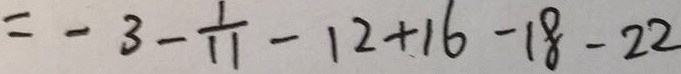
= - 3 - \frac { 1 } { 1 1 } - 1 2 + 1 6 - 1 8 - 2 2